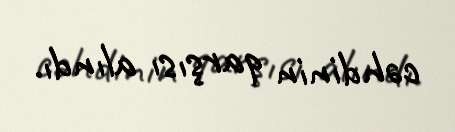
cəhdinin qarşısı alındı.